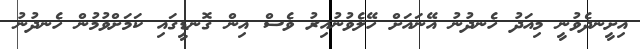
އިށީނދެވުނީ މިއަދު ހެނދުނު އޭނައަށް ހޭލެވުނުއިރު ވެސް އިން ގޮނޑީގައި ކަމަށްވުމުން ހެނދުނު